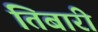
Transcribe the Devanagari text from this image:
तिबारी